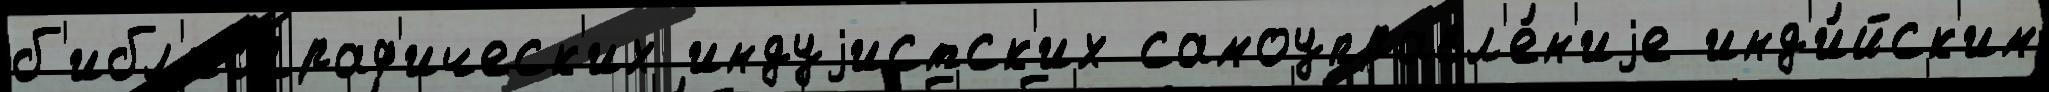
б'ибл'иограф'ическ'их индуjистск'их самоуправл'е́н'иjе инд'и́йск'им